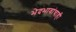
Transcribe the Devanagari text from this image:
भेदभावांचाही